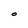
Character: O